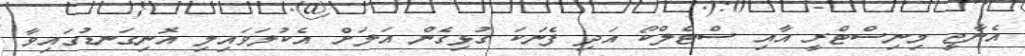
އެނާޖީ މިނިސްޓްރީ އާއި ސްޓެލްކޯ އަދި ފެނަކަ ގުޅިގެން އަލަށް އެކުލަވައިލި އޮނިގަނޑުގައިވާ